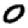
Digit: 0